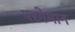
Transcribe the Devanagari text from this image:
परगेमान